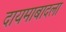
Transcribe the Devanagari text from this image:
दायमाबादला